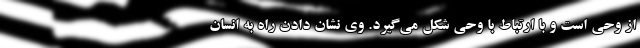
از وحی است و با ارتباط با وحی شکل می‌گیرد. وی نشان دادن راه به انسان